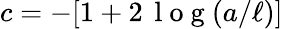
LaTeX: c=-[1+2\, \mathrm{~l~o~g~}(a/\ell)]